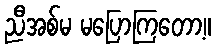
ညီအစ်မ မပြောကြတော့။